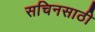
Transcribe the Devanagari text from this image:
सचिनसाठी